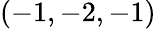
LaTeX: (-1,-2,-1)